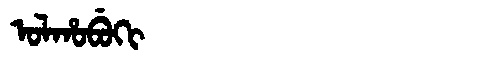
Manchu: ᠣᠯᡥᠣᠪᡠᡴᡳ
Romanization: OLHOBUKI